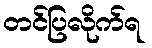
တင်ပြလိုက်ရ